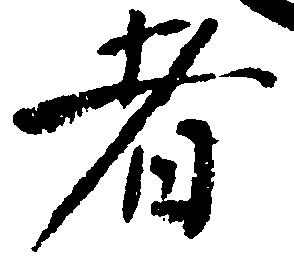
者